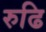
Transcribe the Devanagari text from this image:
रुढि